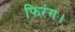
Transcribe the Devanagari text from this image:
फिरंग।